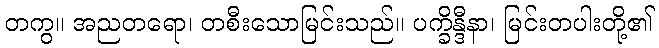
တကွ။ အညတရော၊ တစီးသောမြင်းသည်။ ပက္ခိန္ဒီနာ၊ မြင်းတပါးတို့၏